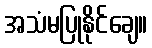
အသံမပြုနိုင်ချေ။